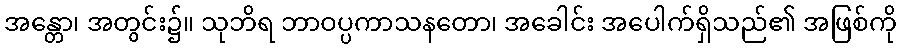
အန္တော၊ အတွင်း၌။ သုဘိရ ဘာဝပ္ပကာသနတော၊ အခေါင်း အပေါက်ရှိသည်၏ အဖြစ်ကို